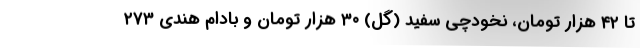
تا ۴۲ هزار تومان، نخودچی سفید (گُل) ۳۰ هزار تومان و بادام هندی ۲۷۳